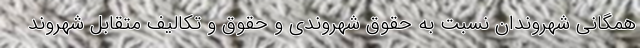
همگانی شهروندان نسبت به حقوق شهروندی و حقوق و تکالیف متقابل شهروند